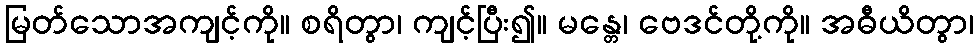
မြတ်သောအကျင့်ကို။ စရိတွာ၊ ကျင့်ပြီး၍။ မန္တေ၊ ဗေဒင်တို့ကို။ အဓီယိတွာ၊